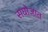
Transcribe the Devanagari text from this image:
सघोजात